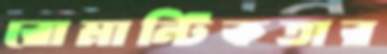
রোমান্টিকতার